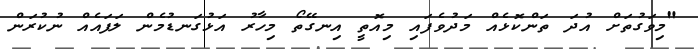
"މިވަގުތަށް އުދަ ތަންކޮޅެއް މަދުވެފައި މިއޮތީ އިނގޭތޯ މިހާރު އަޅުގަނޑުމެން ލަފައެއް ނުކުރަން